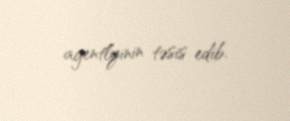
agentlyinin təsis edib.